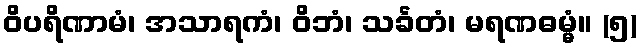
ဝိပရိဏာမံ၊ အသာရကံ၊ ဝိဘံ၊ သင်္ခတံ၊ မရဏဓမ္မံ။ (၅)